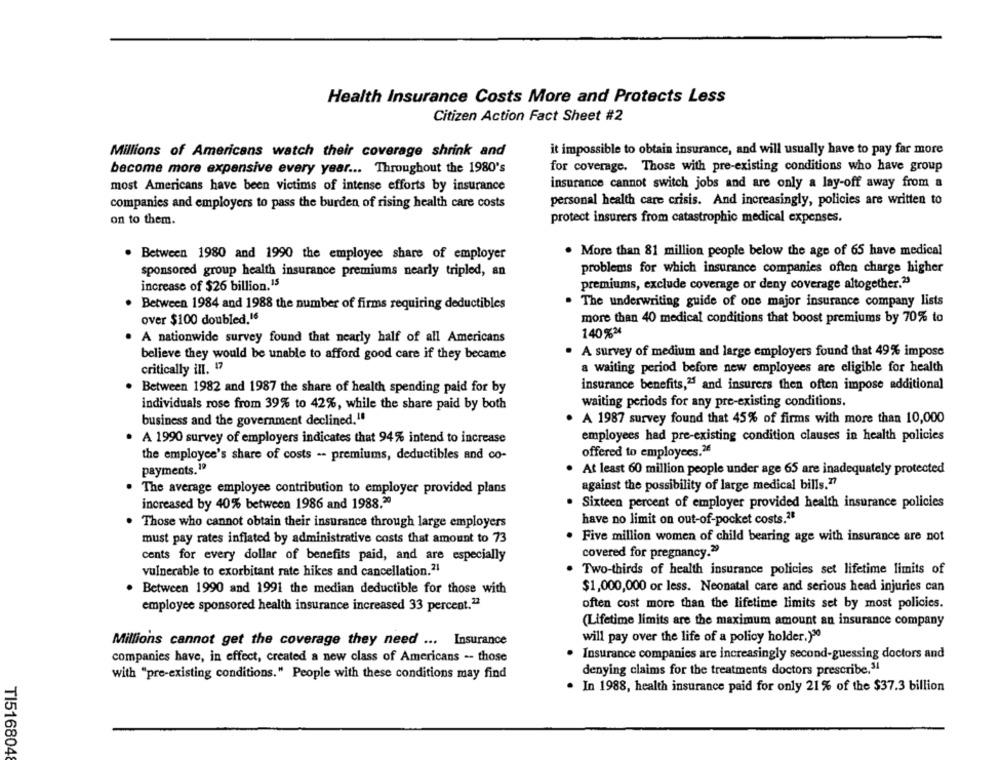
Health Insurance Costs More and Protects Less
Citizen Action Fact Sheet #2
Millions of Americans watch their coverage shrink and
it impossible to obtain insurance, and will usually have to pay far more
for coverage. Those with pre-existing conditions who have group
become more expensive every year ... Throughout the 1980's
most Americans have been victims of intense efforts by insurance
insurance cannot switch jobs and are only a lay-off away from a
companies and employers to pass the burden of rising health care costs
personal health care crisis. And increasingly, policies are written to
on to them.
protect insurers from catastrophic medical expenses.
. More than 81 million people below the age of 65 have medical
. Between 1980 and 1990 the employee share of employer
sponsored group health insurance premiums nearly tripled, an
problems for which insurance companies often charge higher
increase of $26 billion.15
premiums, exclude coverage or deny coverage altogether.23
Between 1984 and 1988 the number of firms requiring deductibles
. The underwriting guide of one major insurance company lists
over $100 doubled.16
more than 40 medical conditions that boost premiums by 70% to
140%2
A nationwide survey found that nearly half of all Americans
believe they would be unable to afford good care if they became
. A survey of medium and large employers found that 49% impose
critically ill. "7
a waiting period before new employees are eligible for health
insurance benefits,"" and insurers then often impose additional
Between 1982 and 1987 the share of health spending paid for by
waiting periods for any pre-existing conditions.
individuals rose from 39% to 42%, while the share paid by both
business and the government declined."'
A 1987 survey found that 45% of firms with more than 10,000
A 1990 survey of employers indicates that 94% intend to increase
employees had pre-existing condition clauses in health policies
the employee's share of costs -- premiums, deductibles and co-
offered to employees.2
payments.19
At least 60 million people under age 65 are inadequately protected
against the possibility of large medical bills.77
The average employee contribution to employer provided plans
increased by 40% between 1986 and 1988.20
Sixteen percent of employer provided health insurance policies
have no limit on out-of-pocket costs.2º
Those who cannot obtain their insurance through large employers
must pay rates inflated by administrative costs that amount to 73
Five million women of child bearing age with insurance are not
covered for pregnancy.29
cents for every dollar of benefits paid, and are especially
vulnerable to exorbitant rate hikes and cancellation.21
. Two-thirds of health insurance policies set lifetime limits of
Between 1990 and 1991 the median deductible for those with
$1,000,000 or less. Neonatal care and serious head injuries can
employee sponsored health insurance increased 33 percent.12
often cost more than the lifetime limits set by most policies.
(Lifetime limits are the maximum amount an insurance company
will pay over the life of a policy holder.)"
Millions cannot get the coverage they need ... Insurance
companies have, in effect, created a new class of Americans -- those
Insurance companies are increasingly second-guessing doctors and
with "pre-existing conditions." People with these conditions may find
denying claims for the treatments doctors prescribe,31
. In 1988, health insurance paid for only 21% of the $37.3 billion
TI516804